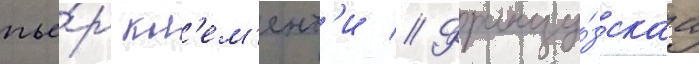
пье́р кл'ем'ент'и // Францу́зскаа